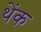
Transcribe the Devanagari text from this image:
थेंक